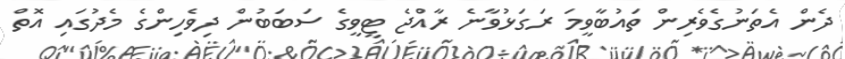
ދެން އެތަނުގެވެރިން ތައުބާވީމަ ރަގަޅުވާނެ ރާއްޖެ ޓީވީގެ ސަބަބުން ދިވެހިންގެ މެދުގައި އޮތް